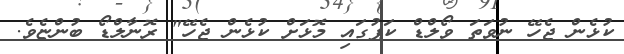
ކުޅެން ޖެހޭ ނުވަތަ ވޯލްޑް ކަޕުގައި މޮޅަށް ކުޅެން ޖެހޭ" ރޮނާލްޑޯ ބުންޏެވެ.